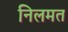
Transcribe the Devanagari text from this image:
निलमत